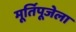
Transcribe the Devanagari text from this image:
मूर्तिपूजेला